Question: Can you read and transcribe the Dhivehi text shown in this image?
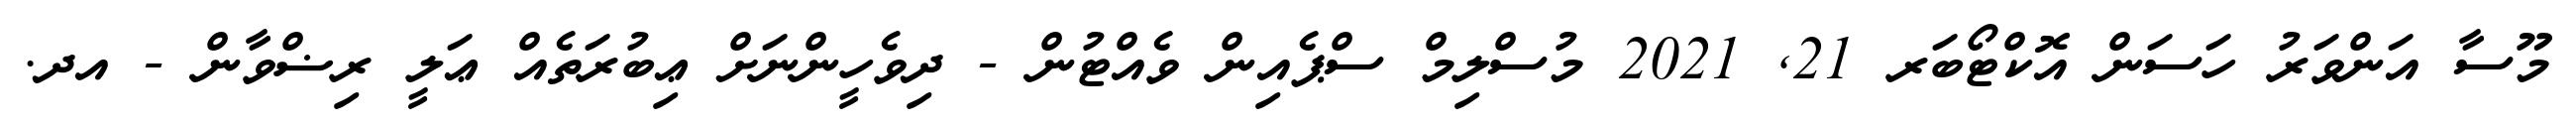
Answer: މޫސާ އަންވަރު ހަސަން އޮކްޓޯބަރ 21, 2021 މުސްލިމް ސްޕެއިން ވެއްޓުން - ދިވެހީންނަށް ޢިބުރަތެއް ޢަލީ ރިޟްވާން - އދ.